Report of an investigation of the epidemic of malarial fever in Assam, or, kala-azar
Disease focus: Malaria
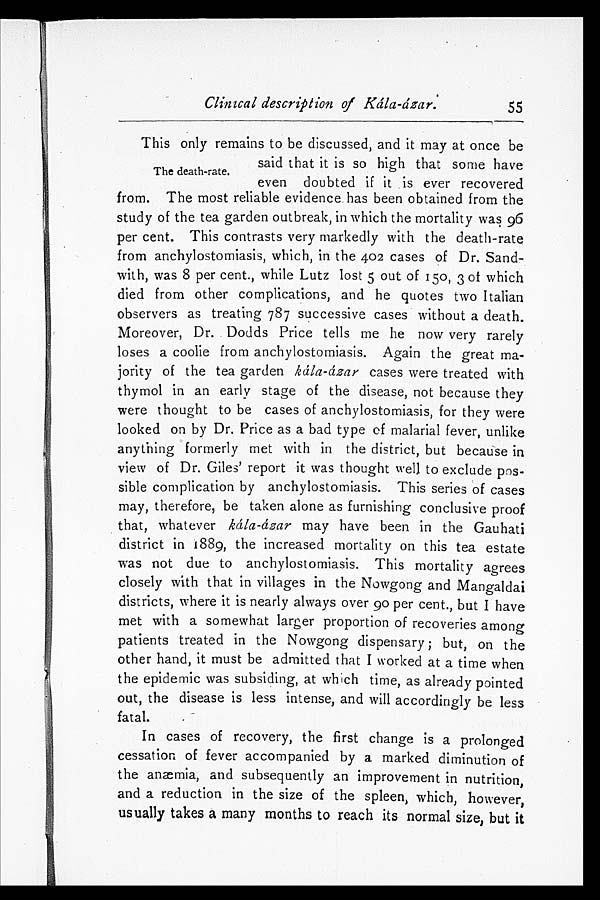
Clinical description of Kála-âzar.
55
T h e d e a t h - r a t e . This only remains to be discussed, and it may at once be
said that it is so high that some have
even doubted if it is ever recovered
from. The most reliable evidence has been obtained from the
study of the tea garden outbreak, in which the mortality was 96
per cent. This contrasts very markedly with the death-rate
from anchylostomiasis, which, in the 402 cases of Dr. Sand
- w i t h , w a s 8 p e r c e n t . , w h i l e L u t z l o s t 5 o u t o f 1 5 0 , 3 o f w h i c h
died from other complications, and he quotes two Italian
observers as treating 787 successive cases without a death.
Moreover, Dr. Dodds Price tells me he now very rarely
loses a coolie from anchylostomiasis. Again the great ma
- j o r i t y o f t h e t e a g a r d e n
k á l a - á z a r
c a s e s w e r e t r e a t e d w i t h
thymol in an early stage of the disease, not because they
were thought to be cases of anchylostomiasis, for they were
looked on by Dr. Price as a bad type of malarial fever, unlike
anything formerly met with in the district, but because in
view of Dr. Giles' report it was thought well to exclude pos
- s i b l e c o m p l i c a t i o n b y a n c h y l o s t o m i a s i s . T h i s s e r i e s o f c a s e s
may, therefore, be taken alone as furnishing conclusive proof
that, whatever kála-ázar may have been in the Gauhati
district in 1889, the increased mortality on this tea estate
was not due to anchylostomiasis. This mortality agrees
closely with that in villages in the Nowgong and Mangaldai
districts, where it is nearly always over 90 per cent., but I have
met with a somewhat larger proportion of recoveries among
patients treated in the Nowgong dispensary; but, on the
other hand, it must be admitted that I worked at a time when
the epidemic was subsiding, at which time, as already pointed
out, the disease is less intense, and will accordingly be less
fatal.
In cases of recovery, the first change is a prolonged
cessation of fever accompanied by a marked diminution of
the anæmia, and subsequently an improvement in nutrition,
and a reduction in the size of the spleen, which, however,
usually takes a many months to reach its normal size, but it